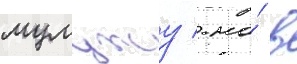
мумджу / но́ в